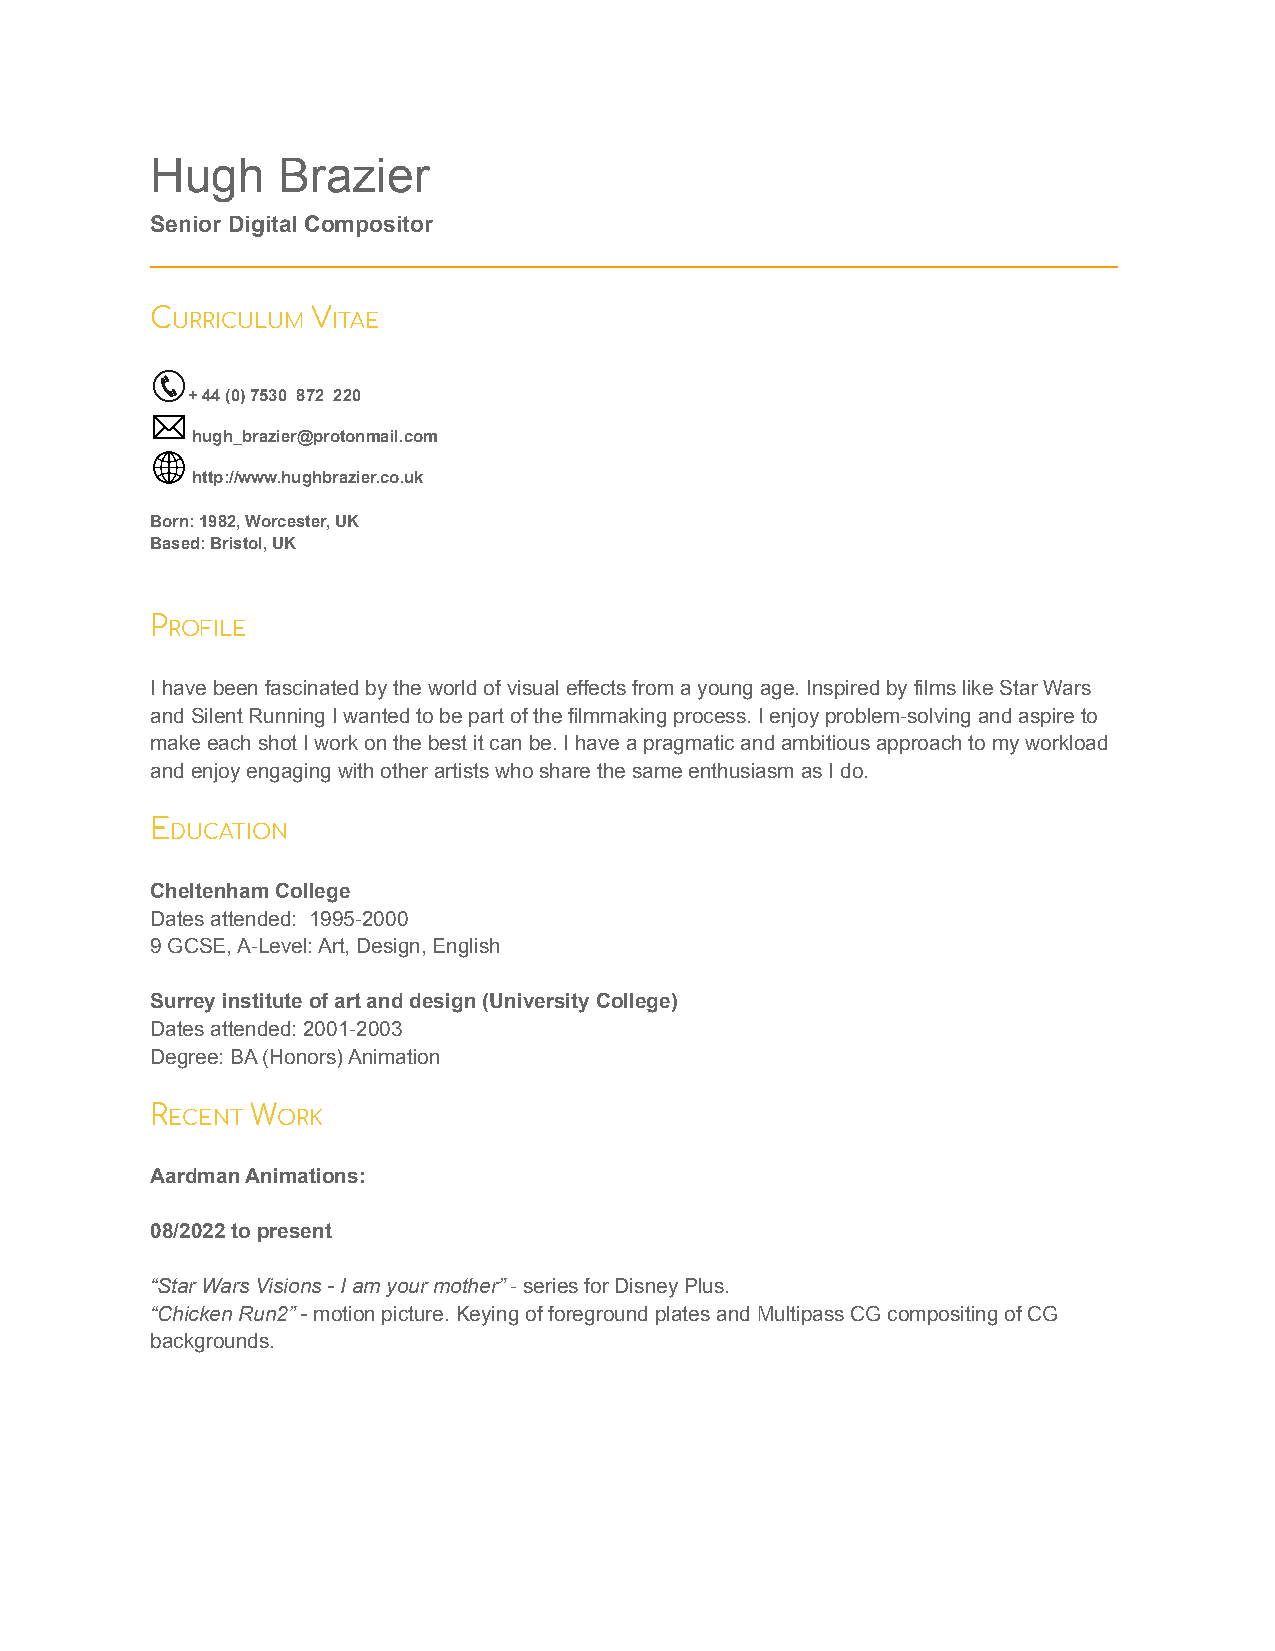
Hugh    Brazier
 Senior Digital Compositor
 ____________________________________________________________________________
 C          V
 URRICULUM  ITAE
 + 44 (0) 7530 872 220
 hugh_brazier@protonmail.com
 http://www.hughbrazier.co.uk
 Born: 1982, Worcester, UK
 Based: Bristol, UK
 P
 ROFILE
 I have been fascinated by the world of visual effects from a young age. Inspired by films like Star Wars
 and Silent Running I wanted to be part of the filmmaking process. I enjoy problem-solving and aspire to
 make each shot I work on the best it can be. I have a pragmatic and ambitious approach to my workload
 and enjoy engaging with other artists who share the same enthusiasm as I do.
 E
 DUCATION
 Cheltenham College
 Dates attended: 1995-2000
 9 GCSE, A-Level: Art, Design, English
 Surrey institute of art and design (University College)
 Dates attended: 2001-2003
 Degree: BA (Honors) Animation
 R      W
 ECENT  ORK
 Aardman Animations:
 08/2022 to present
 “Star Wars Visions - I am your mother”- series forDisney Plus.
 “Chicken Run2” -motion picture. Keying of foregroundplates and Multipass CG compositing of CG
 backgrounds.